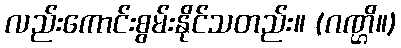
လည်းကောင်းစွမ်းနိုင်သတည်း။ (ဂဏ္ဌိ။)